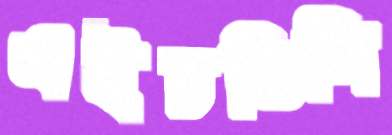
এইচভিসি